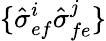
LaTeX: \{ \hat{\sigma}_{ef}^{i}\hat{\sigma}_{fe}^{j}\}